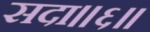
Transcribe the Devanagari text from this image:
सदा॥६॥